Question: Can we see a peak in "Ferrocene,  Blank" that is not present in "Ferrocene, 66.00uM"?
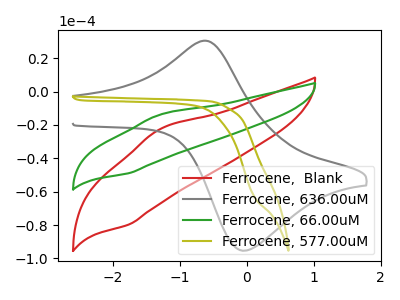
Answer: <think>The red curve "Ferrocene,  Blank" has an anodic peak at (-1.30V, -22.55uA) and a cathodic peak at (-1.75V, -79.70uA). The gray curve "Ferrocene, 636.00uM" has an anodic peak at (-0.65V, 30.45uA) and a cathodic peak at (0.00V, -95.35uA). The green curve "Ferrocene, 66.00uM" has an anodic peak at (-1.30V, -13.85uA) and a cathodic peak at (-1.75V, -48.95uA). The olive curve "Ferrocene, 577.00uM" has no peaks.
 All the peaks in "Ferrocene,  Blank" have a peak in "Ferrocene, 66.00uM" at the same potential.</think>
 <answer>No, "Ferrocene,  Blank" and "Ferrocene, 66.00uM" don't appear to be significantly different in shape</answer>
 <eval>no_change</eval>